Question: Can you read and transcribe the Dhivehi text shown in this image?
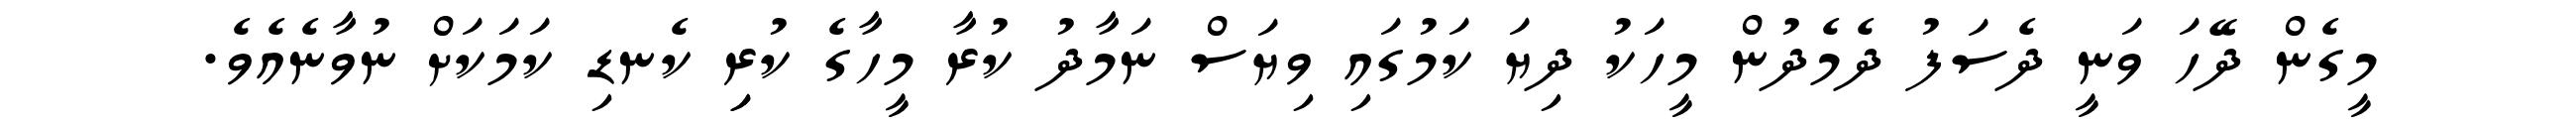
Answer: މީގެން ދޭހަ ވަނީ ދެސަފު ދެމެދުން މީހަކު ދިޔަ ކަމުގައި ވިޔަސް ނަމާދު ކުރާ މީހާގެ ކުރިި ކެނޑި ކަމަކަށް ނުވާނެއެވެ.